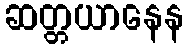
ဆတ္တယာနေန